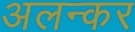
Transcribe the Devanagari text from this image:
अलन्कर